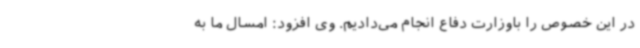
در این خصوص را باوزارت دفاع انجام می‌دادیم. وی افزود: امسال ما به